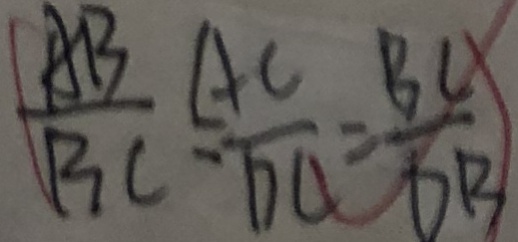
\frac { A B } { B C } = \frac { A C } { D C } = \frac { B C } { D B }